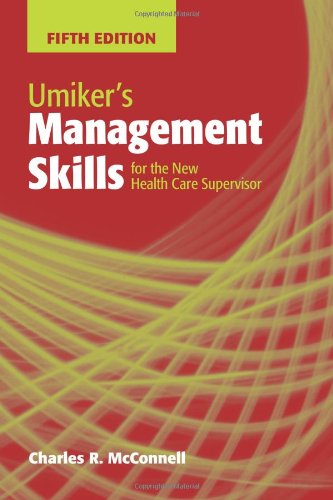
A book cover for Umiker's Management Skills For The New Health Care Supervisor; Charles R. McConnell; Medical Books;